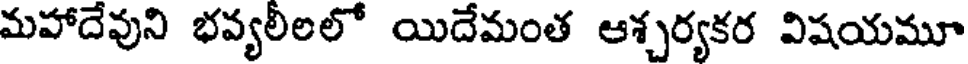
మహాదేవుని భవ్యలీలలో యిదేమంత ఆశ్చర్యకర విషయమూ